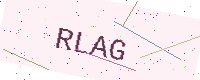
Text: RLAG